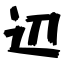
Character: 辺